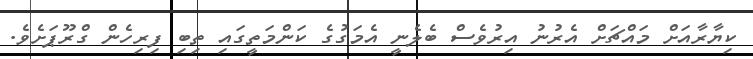
ކިޔާރާއަށް މައްޗަށް އެރުނު އިރުވެސް ބެލެނީ އެމަގުގެ ކަންމަތީގައި ތިބި ފިރިހެން ގްރޫޕަށެވެ.